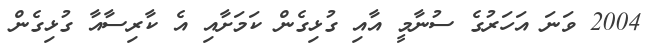
2004 ވަނަ އަހަރުގެ ސުނާމީ އާއި ގުޅިގެން ކަމަށާއި އެ ކާރިސާއާ ގުޅިގެން